Standards of the constituents of the urine and blood and the bearing of the metabolism of Bengalis on the problems of nutrition - Number 34
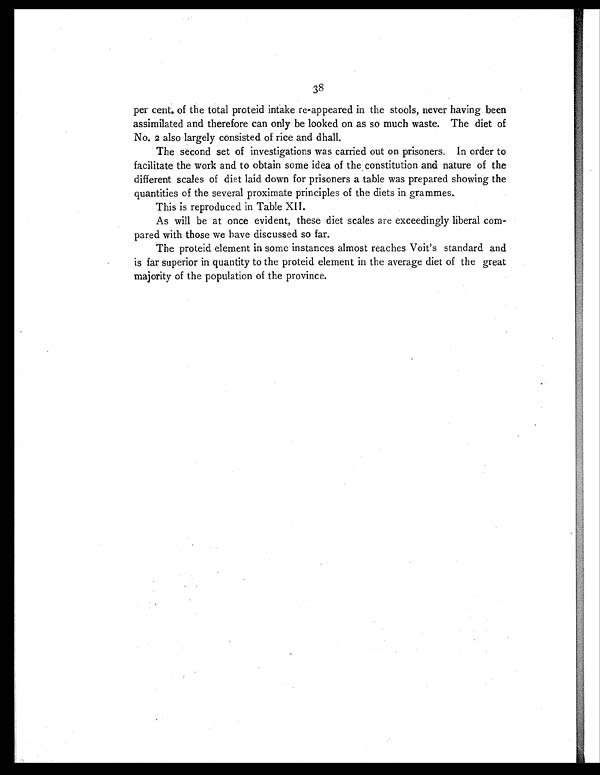
38
per cent. of the total proteid intake re-appeared in the stools, never having been
assimilated and therefore can only be looked on as so much waste. The diet of
No. 2 also largely consisted of rice and dhall.
The second set of investigations was carried out on prisoners. In order to
facilitate the work and to obtain some idea of the constitution and nature of the
different scales of diet laid down for prisoners a table was prepared showing the
quantities of the several proximate principles of the diets in grammes.
This is reproduced in Table XII .
As will be at once evident, these diet scales are exceedingly liberal com-
pared with those we have discussed so far.
The proteid element in some instances almost reaches Voit's standard and
is far superior in quantity to the proteid element in the average diet of the great
majority of the population of the province.